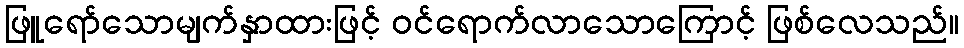
ဖြူရော်သောမျက်နှာထားဖြင့် ဝင်ရောက်လာသောကြောင့် ဖြစ်လေသည်။